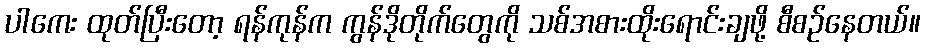
ပါကေး ထုတ်ပြီးတော့ ရန်ကုန်က ကွန်ဒိုတိုက်တွေကို သစ်အစားထိုးရောင်းချဖို့ စီစဉ်နေတယ်။